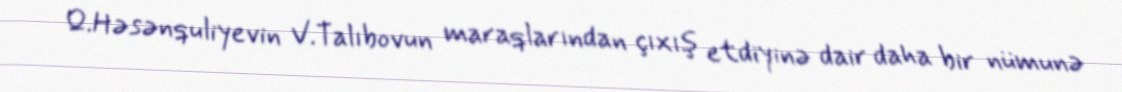
Q.Həsənquliyevin V.Talıbovun maraqlarından çıxış etdiyinə dair daha bir nümunə